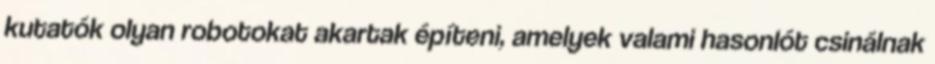
kutatók olyan robotokat akartak építeni, amelyek valami hasonlót csinálnak